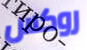
روكس